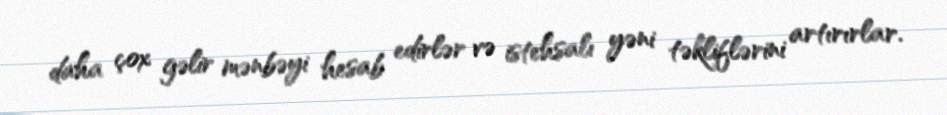
daha çox gəlir mənbəyi hesab edirlər və istehsalı yəni təkliflərini artırırlar.